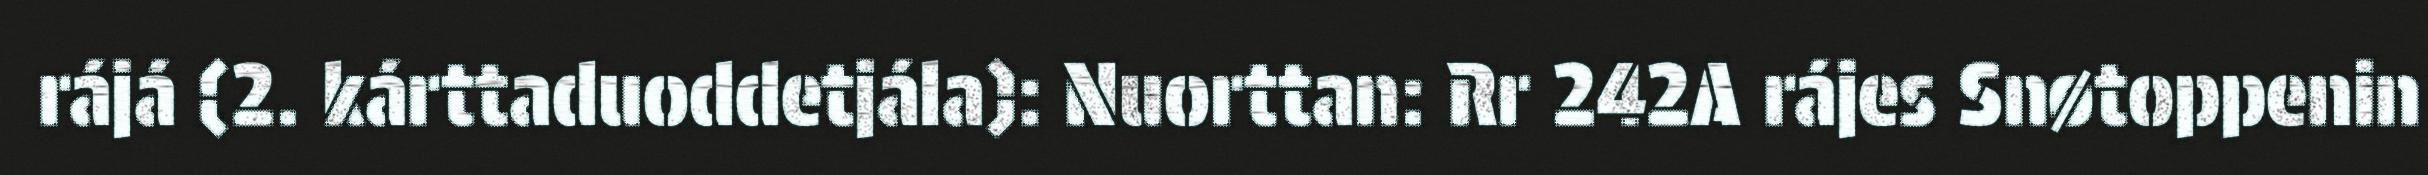
rájá (2. kárttaduoddetjála): Nuorttan: Rr 242A rájes Snøtoppenin